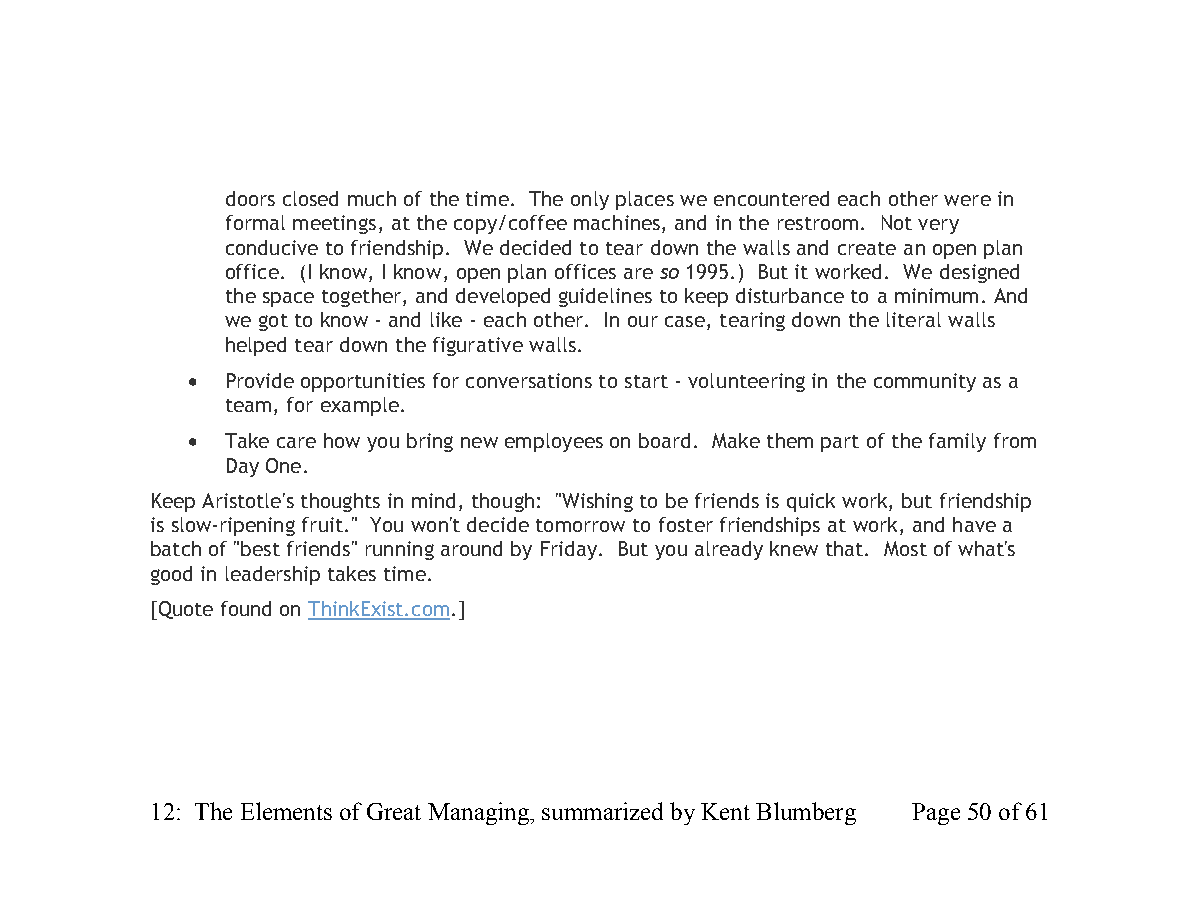
doors closed much of the time. The only places we encountered each other were in
 formal meetings, at the copy/coffee machines, and in the restroom. Not very
 conducive to friendship. We decided to tear down the walls and create an open plan
 office. (I know, I know, open plan offices are so 1995.) But it worked. We designed
 the space together, and developed guidelines to keep disturbance to a minimum. And
 we got to know - and like - each other. In our case, tearing down the literal walls
 helped tear down the figurative walls.
   Provide opportunities for conversations to start - volunteering in the community as a
 team, for example.
   Take care how you bring new employees on board. Make them part of the family from
 Day One.
 Keep Aristotle's thoughts in mind, though: "Wishing to be friends is quick work, but friendship
 is slow-ripening fruit." You won't decide tomorrow to foster friendships at work, and have a
 batch of "best friends" running around by Friday. But you already knew that. Most of what's
 good in leadership takes time.
 [Quote found on ThinkExist.com.]
 12: The Elements of Great Managing, summarized by Kent Blumberg Page 50 of 61